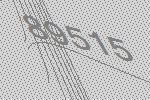
89515